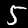
Label: 5